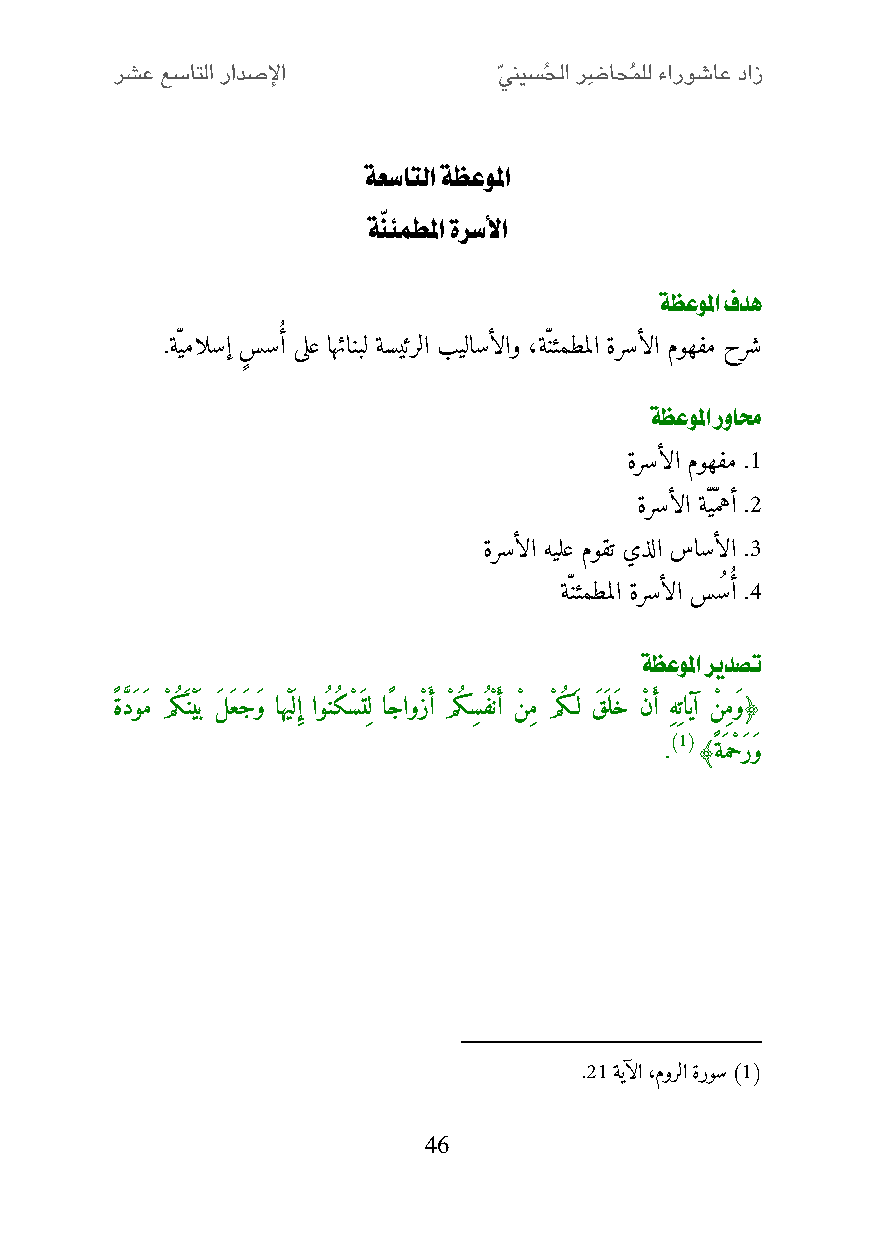
ةعساتلا ةظعولما
 ةّنئمطلما ةرسلأا
 ةظعولما فده
 .ةّيمالسإ س سأُّ ىلع اهئانبل ةسيئرلا بيلاسألاو ،ةّنئمطملا ةرسألا موهفم حرش
 ةظعولما روامح
 ةرسألا موهفم .2
 ةرسألا ةّيّمهأ .0
 ةرسألا هيلع موقت يذلا ساسألا .1
 ةّنئمطملا ةرسألا سسُ أُّ .4
 ةظعولما ريدصت
 ًة دََّوَم مْ كَنْيَب لَ َعجَ َو اهيَْلإِ او ن كسْ َتِل اًجاوزْ أَ مْ كسِ فْنأَ نْ ِم مْ كَ ل قَ َلَخ نْ أَ ِهِتايآ نْ ِمَو﴿
 )1(
 . ﴾ًة َمحْ َرَو
 .02 ةيآلا ،مورلا ةروس )1(
 46